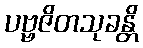
ပဗ္ဗဇိတသုခန္တိ